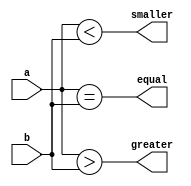

`timescale 1us/1ns

module compare_nbit_func
    // Parameters section
    #( parameter CMP_WIDTH = 4)
    // Ports section
    (input [CMP_WIDTH-1:0] a,
     input [CMP_WIDTH-1:0] b,
	 output reg greater,
	 output reg equal,
	 output reg smaller);
  
    // Synthesizable functions area (parameterized)
	// All 3 bits are combined into a single output
    function [2:0] compare (input [CMP_WIDTH-1:0] a, input [CMP_WIDTH-1:0] b);
	    // Local variables
	    reg greater_local;
		reg equal_local;
	    reg smaller_local;
		
	    begin // The actual computation from the function
		    greater_local = (a>b);
		    equal_local   = (a==b);
	        smaller_local = (a<b);
			compare = {greater_local, equal_local, smaller_local};
		end	
	endfunction

    // The RTL description of the combinational comp	
    always @(*) begin
	    {greater, equal, smaller} = compare(a,b);
	end
	
endmodule


`timescale 1us/1ns
module tb_compare_nbit_func();
   
    // Testbench variables
    parameter CMP_WIDTH = 5;
	reg [CMP_WIDTH-1:0] a, b;
	wire greater, equal, smaller;
	
    // Instantiate the DUT
    compare_nbit_func
      #(.CMP_WIDTH(CMP_WIDTH))
	  CMP0
      (.a      (a      ),
       .b      (b      ),
	   .greater(greater),
	   .equal  (equal  ),
	   .smaller(smaller));
	
	initial begin
	       $monitor ($time, " a = %d, b = %d, greater = %b, equal = %b, smaller = %b", 
		                    a, b, greater, equal, smaller);
	    #1 a = 3; b = 2;
		#1 b = 3;
		#1 a = 9; b = 11;
	end
  
endmodule